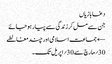
دغابازیاں
جن سے مل کر زندگی سے پیار ہو جائے
← جماعت اسلامی اور چند مغالطے
30؍مارچ سے 30؍اپریل تک۔